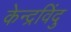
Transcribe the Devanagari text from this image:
केन्द्रविंदु